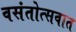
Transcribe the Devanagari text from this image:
वसंतोत्सवात